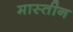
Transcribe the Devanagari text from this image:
मास्तीन